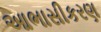
આભાસીકરણ